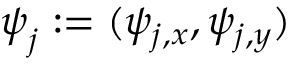
\boldsymbol \psi _ { j } : = ( \psi _ { j , x } , \psi _ { j , y } )